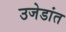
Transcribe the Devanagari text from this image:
उजेडांत